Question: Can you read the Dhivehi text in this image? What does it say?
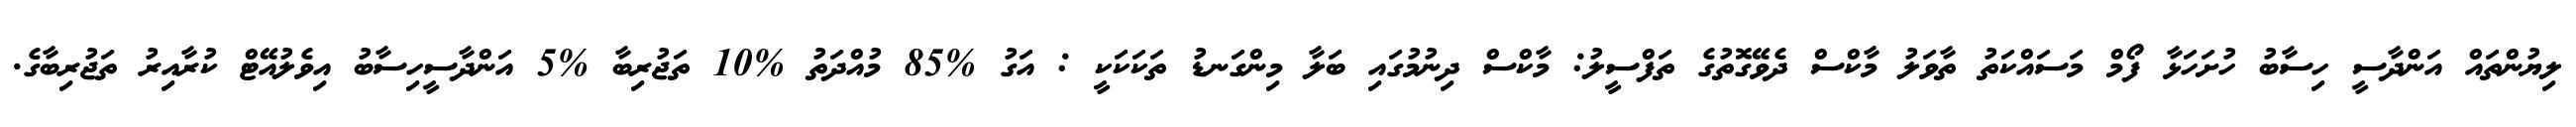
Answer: ލިޔުންތައް އަންދާސީ ހިސާބު ހުށަހަޅާ ފޯމް މަސައްކަތު ތާވަލު މާކްސް ދެވޭގޮތުގެ ތަފްސީލު: މާކްސް ދިނުމުގައި ބަލާ މިންގަނޑު ތަކަކަކީ : އަގު %85 މުއްދަތު %10 ތަޖުރިބާ %5 އަންދާސީހިސާބު އިވެލުއޭޓް ކުރާއިރު ތަޖުރިބާގެ.